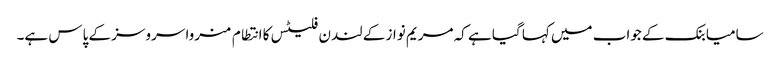
سامیا بنک کے جواب میں کہا گیا ہے کہ مریم نواز کے لندن فلیٹس کا انتطام منروا سروسز کے پاس ہے۔